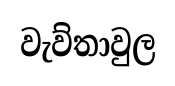
වැව්තාවුල